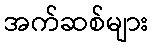
အက်ဆစ်များ